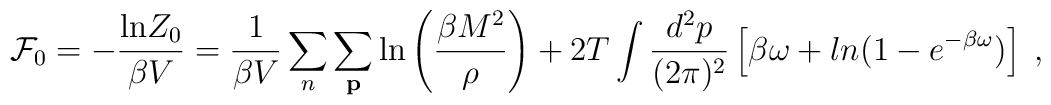
{\cal F}_0 = -\frac{{\rm ln}Z_0}{\beta V}= \frac{1}{\beta V}\sum_n\sum_{\bf p}{\rm ln}\left(\frac{\beta M^2}{\rho}\right) + 2T\int\frac{d^2p}{(2\pi)^2}\left[\beta\omega+ ln(1-e^{-\beta\omega})\right]\;,